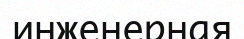
инженерная